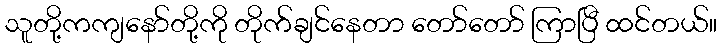
သူတို့ကကျနော်တို့ကို တိုက်ချင်နေတာ တော်တော် ကြာပြီ ထင်တယ်။